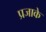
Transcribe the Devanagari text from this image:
प्रजाके